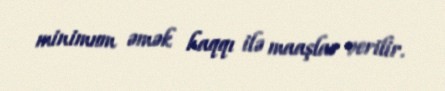
minimum əmək haqqı ilə maaşlar verilir.